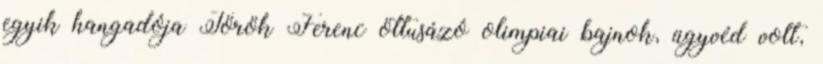
egyik hangadója Török Ferenc öttusázó olimpiai bajnok, ügyvéd volt,